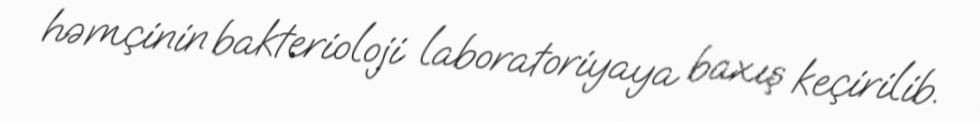
həmçinin bakterioloji laboratoriyaya baxış keçirilib.